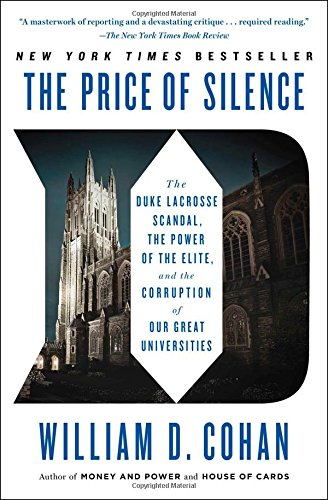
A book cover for The Price of Silence: The Duke Lacrosse Scandal, the Power of the Elite, and the Corruption of Our Great Universities; William D. Cohan; Sports & Outdoors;